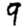
Digit: 9